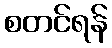
စတင်ရန်